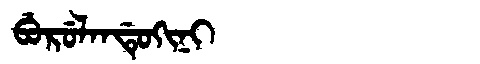
Manchu: ᠪᡠᡵᡠᠯᠠᠨᡩᡠᡴᡳᠨᡳ
Romanization: BURULANDUKINI